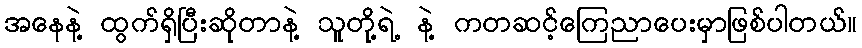
အနေနဲ့ ထွက်ရှိပြီးဆိုတာနဲ့ သူတို့ရဲ့ နဲ့ ကတဆင့်ကြေညာပေးမှာဖြစ်ပါတယ်။